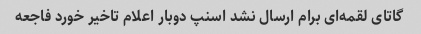
گاتای لقمه‌ای برام ارسال نشد اسنپ دوبار اعلام تاخیر خورد فاجعه